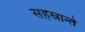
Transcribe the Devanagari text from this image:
सहस्रान्ते